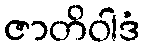
ဇာတိဝါဒံ